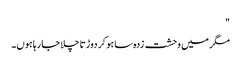
"
مگر میں وحشت زدہ سا ہو کر دوڑتا چلا جا رہا ہوں۔